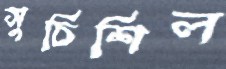
সুচিশিল